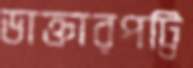
ডাক্তারপট্টি